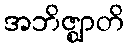
အဘိဇ္ဈာတိ